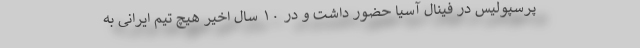
پرسپولیس در فینال آسیا حضور داشت و در ۱۰ سال اخیر هیچ تیم ایرانی به